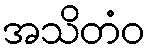
အသိတံဝ